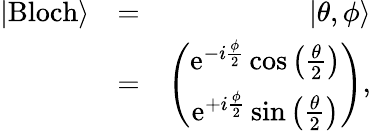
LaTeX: \begin{array}{rlr}{|\mathrm{Bloch}\rangle}&{=}&{|\theta,\phi\rangle}\\ &{=}&{\left(\begin{array}{c}{\mathrm{e}^{-i\frac{\phi}{2}}\cos\left(\frac{\theta}{2}\right)}\\ {\mathrm{e}^{+i\frac{\phi}{2}}\sin\left(\frac{\theta}{2}\right)}\end{array}\right),}\end{array}